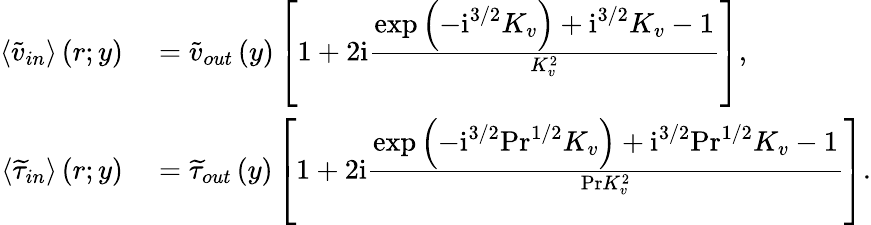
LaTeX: \begin{array}{rl}{\left\langle\widetilde{v}_{in}\right\rangle\left(r;y\right)}&{{}=\widetilde{v}_{out}\left(y\right)\left[1+2\mathrm{i}\frac{\displaystyle\exp\left(-\mathrm{i}^{3/2}K_{v}\right)+\mathrm{i}^{3/2}K_{v}-1}{K_{v}^{2}}\right],}\\ {\left\langle\widetilde{\tau}_{in}\right\rangle\left(r;y\right)}&{{}=\widetilde{\tau}_{out}\left(y\right)\left[1+2\mathrm{i}\frac{\displaystyle\exp\left(-\mathrm{i}^{3/2}\mathrm{Pr}^{1/2}K_{v}\right)+\mathrm{i}^{3/2}\mathrm{Pr}^{1/2}K_{v}-1}{\mathrm{Pr}K_{v}^{2}}\right].}\end{array}